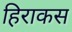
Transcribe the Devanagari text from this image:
हिराकस